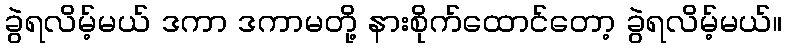
ခွဲရလိမ့်မယ် ဒကာ ဒကာမတို့ နားစိုက်ထောင်တော့ ခွဲရလိမ့်မယ်။